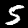
Digit: 5